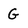
Character: G